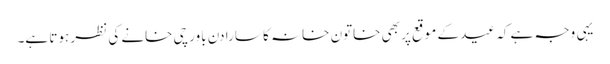
یہی وجہ ہے کہ عید کے موقع پر بھی خاتون خانہ کا سارا دن باورچی خانے کی نظر ہوتا ہے۔